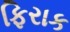
ફિરાક